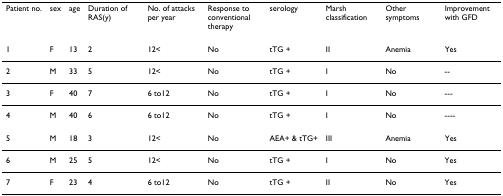
| Patient no. | sex | age | Duration of RAS(y) | No. of attacks per year | Response to conventional therapy | serology | Marsh classification | Other symptoms | Improvement with GFD |
 | --- | --- | --- | --- | --- | --- | --- | --- | --- | --- |
 | 1 | F | 13 | 2 | 12< | No | tTG + | II | Anemia | Yes |
 | 2 | M | 33 | 5 | 12< | No | tTG + | I | No | -- |
 | 3 | F | 40 | 7 | 6 to12 | No | tTG + | I | No | --- |
 | 4 | M | 40 | 6 | 6 to12 | No | tTG + | I | No | ---- |
 | 5 | M | 18 | 3 | 12< | No | AEA+ & tTG+ | III | Anemia | Yes |
 | 6 | M | 25 | 5 | 12< | No | tTG + | I | No | Yes |
 | 7 | F | 23 | 4 | 6 to12 | No | tTG + | II | No | Yes |